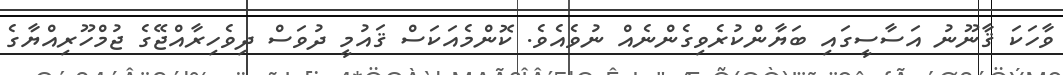
ވާހަކަ ޤާނޫނު އަސާސީގައި ބަޔާންކުރެވިގެންނެއް ނުވެއެވެ. ކޮންމެއަކަސް ޤައުމީ ދުވަސް ދިވެހިރާއްޖޭގެ ޖުމްހޫރިއްޔާގެ